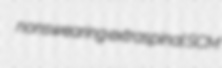
nonswearing extraspinal SCM